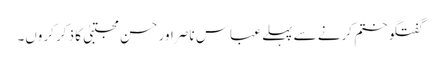
گفتگو ختم کرنے سے پہلے عباس ناصر اور حسن مجتبیٰ کا ذکر کروں۔